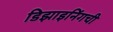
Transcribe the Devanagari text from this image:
डिझाइनिंगची